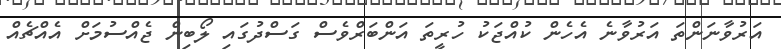
އަރުވާނަންތަ އަރުވާނެ އެހެން ކުއްޖަކު ހުރީތަ އަންބަރްވެސް ގަސްދުގައި ލޯބިން ޖެއްސުމަށް އެއްޗެއް